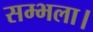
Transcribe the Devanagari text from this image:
सम्भला।